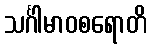
သင်္ဂါမာဝစရောတိ